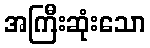
အကြီးဆုံးသော